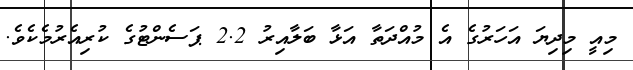
މިއީ މިދިޔަ އަހަރުގެ އެ މުއްދަތާ އަޅާ ބަލާއިރު 2.2 ޕަސެންޓުގެ ކުރިއެރުމެކެވެ.